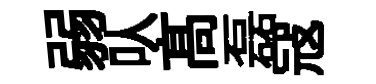
弱㕥髙磊冦